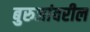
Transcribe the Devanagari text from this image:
बुरुजांवरील